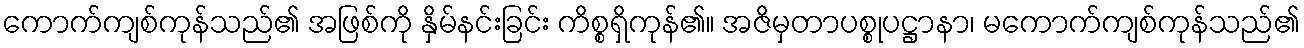
ကောက်ကျစ်ကုန်သည်၏ အဖြစ်ကို နှိမ်နင်းခြင်း ကိစ္စရှိကုန်၏။ အဇိမှတာပစ္စုပဋ္ဌာနာ၊ မကောက်ကျစ်ကုန်သည်၏